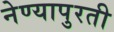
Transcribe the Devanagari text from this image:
नेण्यापुरती